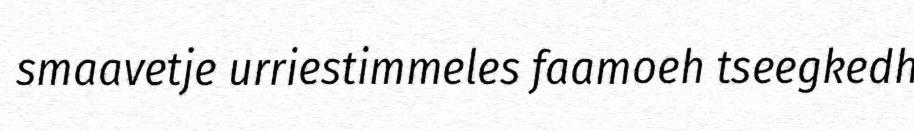
smaavetje urriestimmeles faamoeh tseegkedh